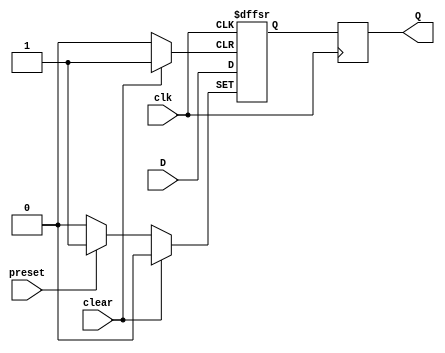
module edge_triggered_latch(
    input wire D,
    input wire clk,
    input wire clear,
    input wire preset,
    output reg Q
);

reg D_ff;
always @ (posedge clk or posedge clear or posedge preset) begin
    if (clear)
        D_ff <= 1'b0;
    else if (preset)
        D_ff <= 1'b1;
    else
        D_ff <= D;
end

always @ (posedge clk) begin
    Q <= D_ff;
end

endmodule